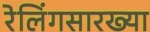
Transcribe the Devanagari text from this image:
रेलिंगसारख्या